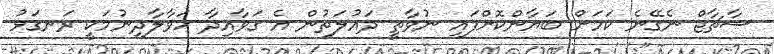
ސާޗާޖް ނެގޭނެ ކަމަށް ބަޔާންކޮށްފައި ނުވާތީ ދައުލަތުން އެ ގަވާއިދާ ހަވާލާދިނުމަކީ ރަނގަޅު